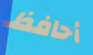
أحافظ